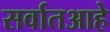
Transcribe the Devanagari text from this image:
सर्वातआहे